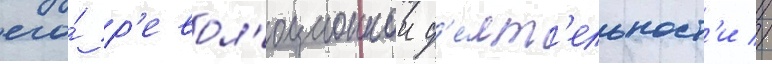
его́ р'евол'юционнои д'е́ят'ельност'и //